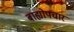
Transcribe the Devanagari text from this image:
बाह्योपचार